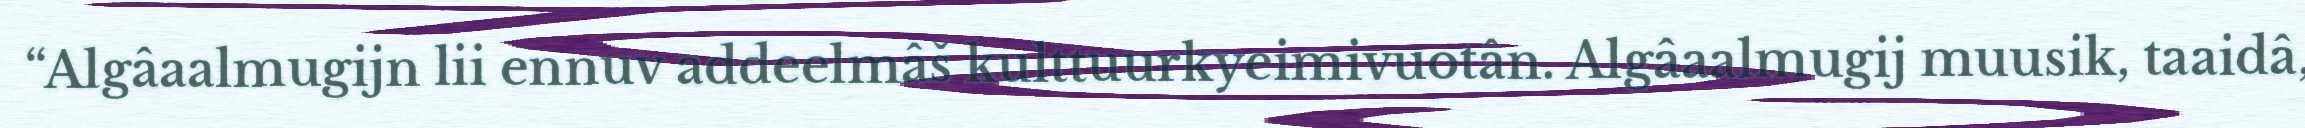
“Algâaalmugijn lii ennuv addeelmâš kulttuurkyeimivuotân. Algâaalmugij muusik, taaidâ,